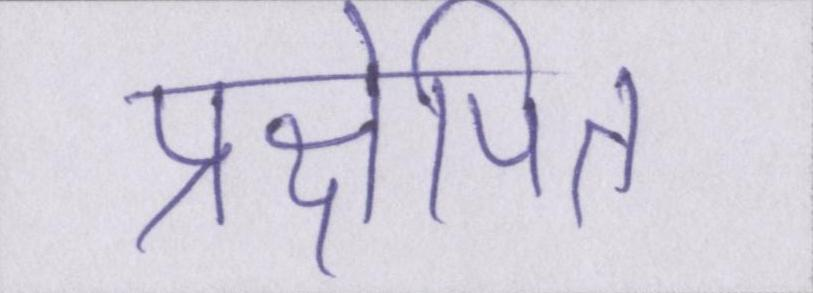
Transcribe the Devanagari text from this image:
प्रक्षेपित